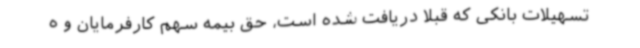
تسهیلات بانکی که قبلاً دریافت شده است، حق بیمه سهم کارفرمایان و ه